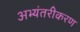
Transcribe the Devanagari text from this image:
अभ्यंतरीकरण